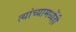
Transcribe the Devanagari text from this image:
त्यांच्यामध्येंही